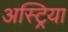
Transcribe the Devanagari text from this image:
अस्ट्रिया